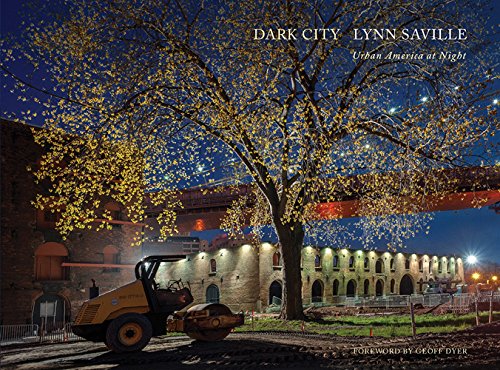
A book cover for Lynn Saville: Dark City; Arts & Photography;